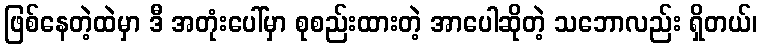
ဖြစ်နေတဲ့ထဲမှာ ဒီ အတုံးပေါ်မှာ စုစည်းထားတဲ့ အာပေါဆိုတဲ့ သဘောလည်း ရှိတယ်၊